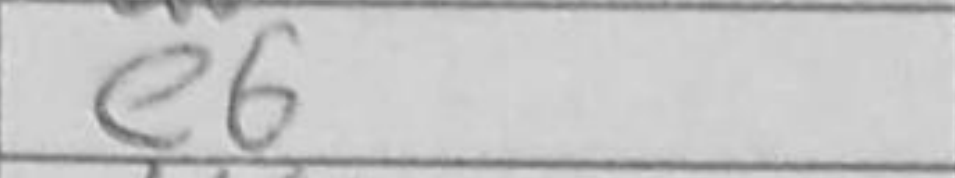
Transcription: e6